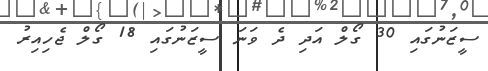
ސީޒަނުގައި 30 ގޯލް އަދި ދެ ވަނަ ސީޒަނުގައި 18 ގޯލް ޖެހިއިރު